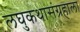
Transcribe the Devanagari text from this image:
लघुकथासंग्रहाला